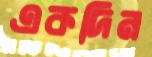
একদিন